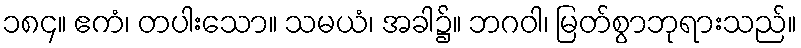
၁၈၄။ ဧကံ၊ တပါးသော။ သမယံ၊ အခါ၌။ ဘဂဝါ၊ မြတ်စွာဘုရားသည်။